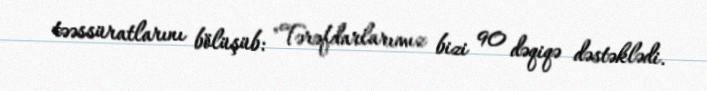
təəssüratlarını bölüşüb: "Tərəfdarlarımız bizi 90 dəqiqə dəstəklədi.